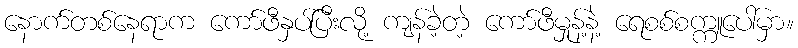
နောက်တစ်နေရာက ကော်ဖီနှပ်ပြီးလို့ ကျန်ခဲ့တဲ့ ကော်ဖီမှုန့်နဲ့ ရေစစ်စက္ကူပေါ်မှာ။